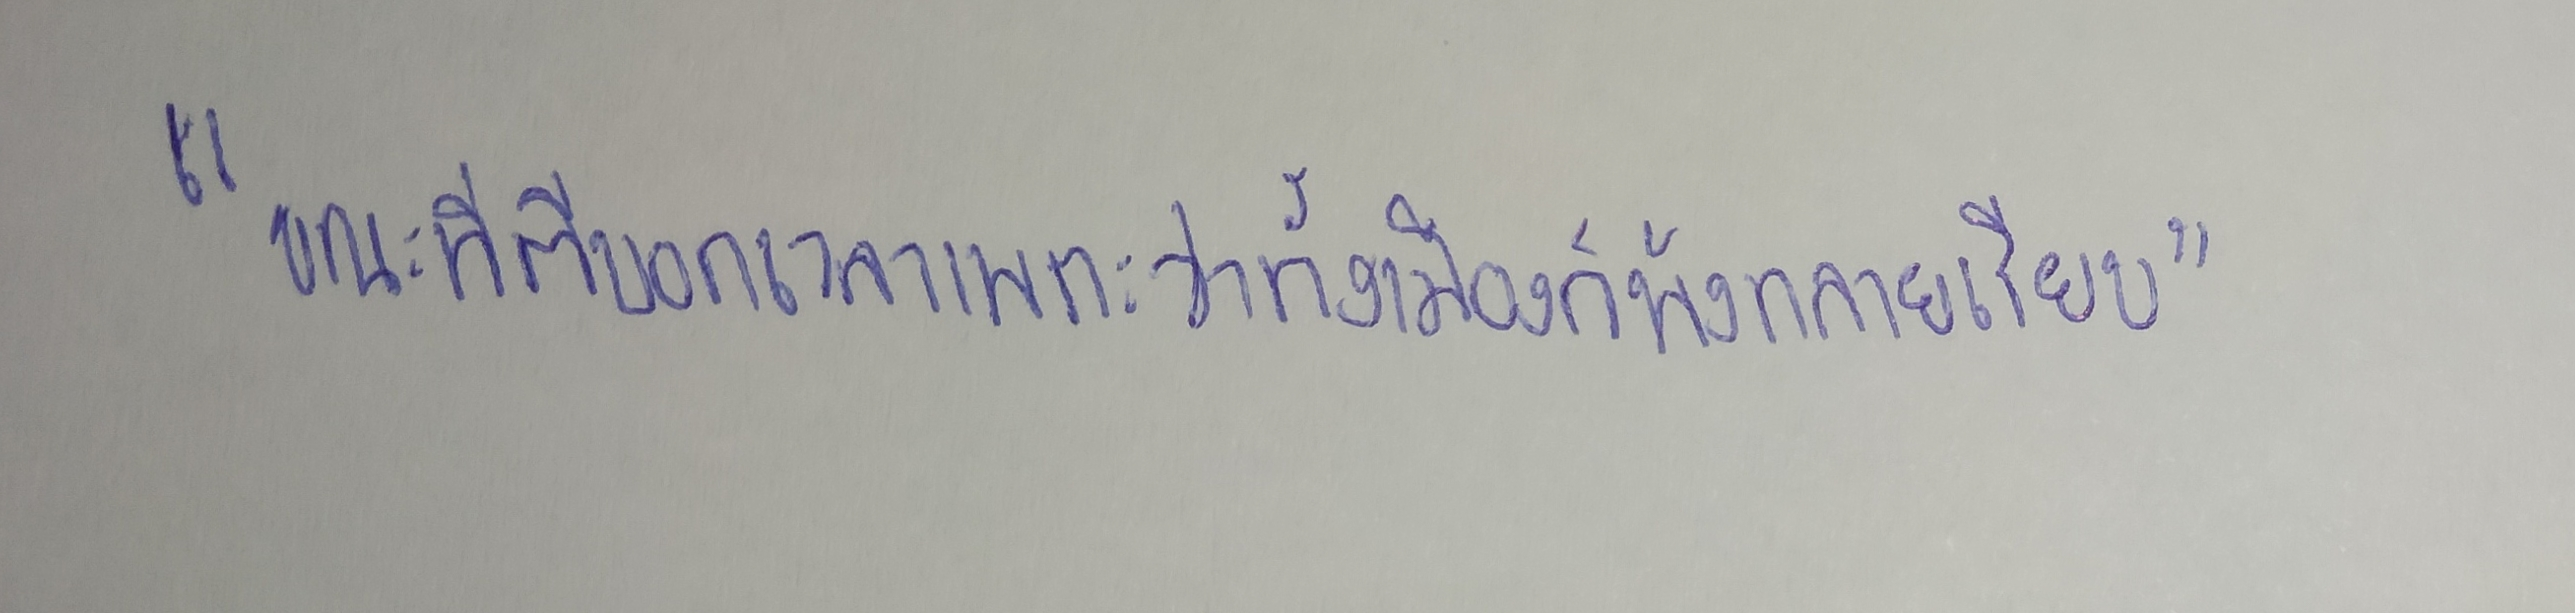
"ขณะที่ตีบอกเวลาเพราะว่าทั้งเมืองก็พังทลายเรียบ"